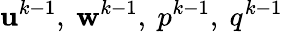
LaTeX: \mathbf{u}^{k-1},\ \mathbf{w}^{k-1},\ p^{k-1},\ q^{k-1}